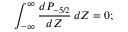
\int _ { - \infty } ^ { \infty } \frac { d P _ { - 5 / 2 } } { d Z } \, d Z = 0 ;